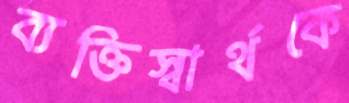
ব্যক্তিস্বার্থকে